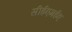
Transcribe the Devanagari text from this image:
सीईएमईए